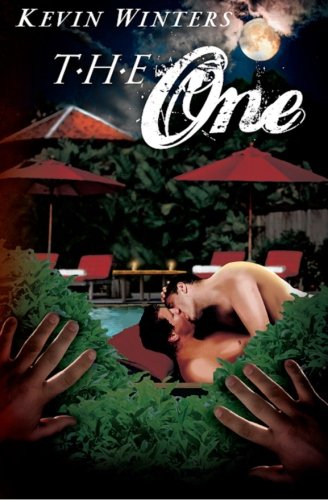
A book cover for The One; Kevin Winters; Gay & Lesbian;